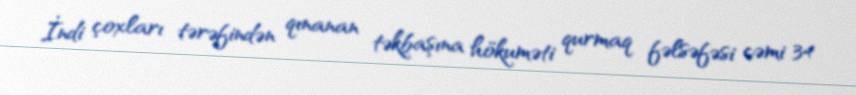
İndi çoxları tərəfindən qınanan təkbaşına hökuməti qurmaq fəlsəfəsi cəmi 34